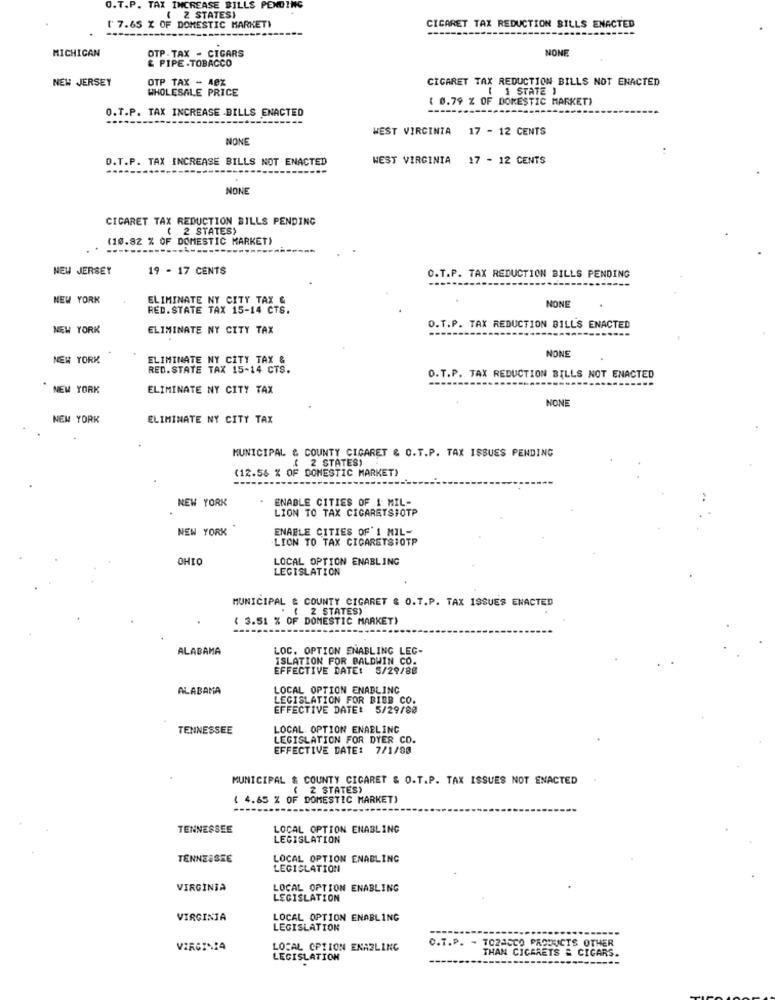
O.T.P. TAX INCREASE BILLS PENDING
2 STATES)
[ 7.65 % OF DOMESTIC MARKET)
CIGARET TAX REDUCTION BILLS ENACTED
MICHIGAN
OTP . TAX - CIGARS
NONE
& PIPE TOBACCO
NEW JERSEY
OTP TAX - A0Z
CIGARET TAX REDUCTION BILLS NOT ENACTED
WHOLESALE PRICE
[ 1 STATE )
O.T.P. TAX INCREASE .BILLS ENACTED
( 0.79 % OF DOMESTIC MARKET)
WEST VIRGINIA 17 - 12 CENTS
NON
O.T.P. TAX INCREASE BILLS NOT ENACTED
WEST VIRGINIA
17 - 12 CENTS
NONE
CIGARET TAX REDUCTION BILLS PENDING
( 2 STATES)
(10.82 % OF DOMESTIC MARKET)
---
NEW JERSEY
19 - 17 CENTS
O.T.P. TAX REDUCTION BILLS PENDING
NEW YORK
ELIMINATE NY CITY TAX &
NONE
RED.STATE TAX 15-14 CTS.
NEW YORK
ELIMINATE NY CITY TAX
O.T.P. TAX REDUCTION BILLS ENACTED
NEW YORK
ELIMINATE NY CITY TAX &
NONE
RED.STATE TAX 15-14 CTS.
O.T.P. TAX REDUCTION BILLS NOT ENACTED
NEW YORK
ELIMINATE NY CITY TAX
NONE
NEW YORK
ELIMINATE NY CITY TAX
MUNICIPAL & COUNTY CIGARET & O.T.P. TAX ISSUES PENDING
(12.56 % OF DOMESTIC MARKET)
( 2 STATES)
NEW YORK
ENABLE CITIES OF 1 MIL-
LION TO TAX CIGARETSHOTP
NEW YORK
ENABLE CITIES OF' 1 MIL-
LION TO TAX CIGARETSIOTP
OHIO
LOCAL OPTION ENABLING
LEGISLATION
MUNICIPAL & COUNTY CIGARET & 0.7.P. TAX ISSUES ENACTED
( 2 STATES)
( 3.51 % OF DOMESTIC MARKET)
ALABAMA
LOC. OPTION ENABLING LEG-
ISLATION FOR BALDWIN CO.
EFFECTIVE DATE: 5/29/80
ALABAMA
LOCAL OPTION ENABLING
LEGISLATION FOR BIEB CO.
EFFECTIVE DATE: 5/29/80
TENNESSEE
LOCAL OPTION ENABLING
LEGISLATION FOR DYER CO.
EFFECTIVE DATE: 7/1/80
MUNICIPAL & COUNTY CIGARET & O.T.P. TAX ISSUES NOT ENACTED
( 2 STATES)
( 4.65 % OF DOMESTIC MARKET)
TENNESSEE
LOCAL OPTION ENABLING
LEGISLATION
TENNESSEE
LOCAL OPTION ENABLING
LEGISLATION
VIRGINIA
LOCAL OPTION ENABLING
LEGISLATION
VIRGINIA
LOCAL OPTION ENABLING
LEGISLATION
O.T.P. - TORASCO PRODUCTS OTHER
LOCAL OPTION ENABLING
THAN CICARETS & CIGARS.
LEGISLATION